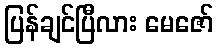
ပြန်ချင်ပြီလား မေဇော်